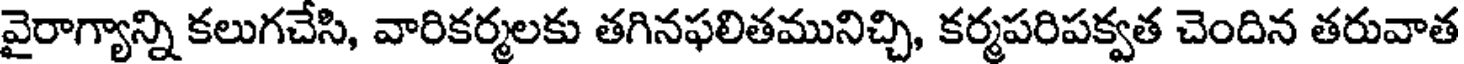
వైరాగ్యాన్ని కలుగచేసి, వారికర్మలకు తగినఫలితమునిచ్చి, కర్మపరిపక్వత చెందిన తరువాత